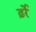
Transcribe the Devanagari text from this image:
ढ़र्रे